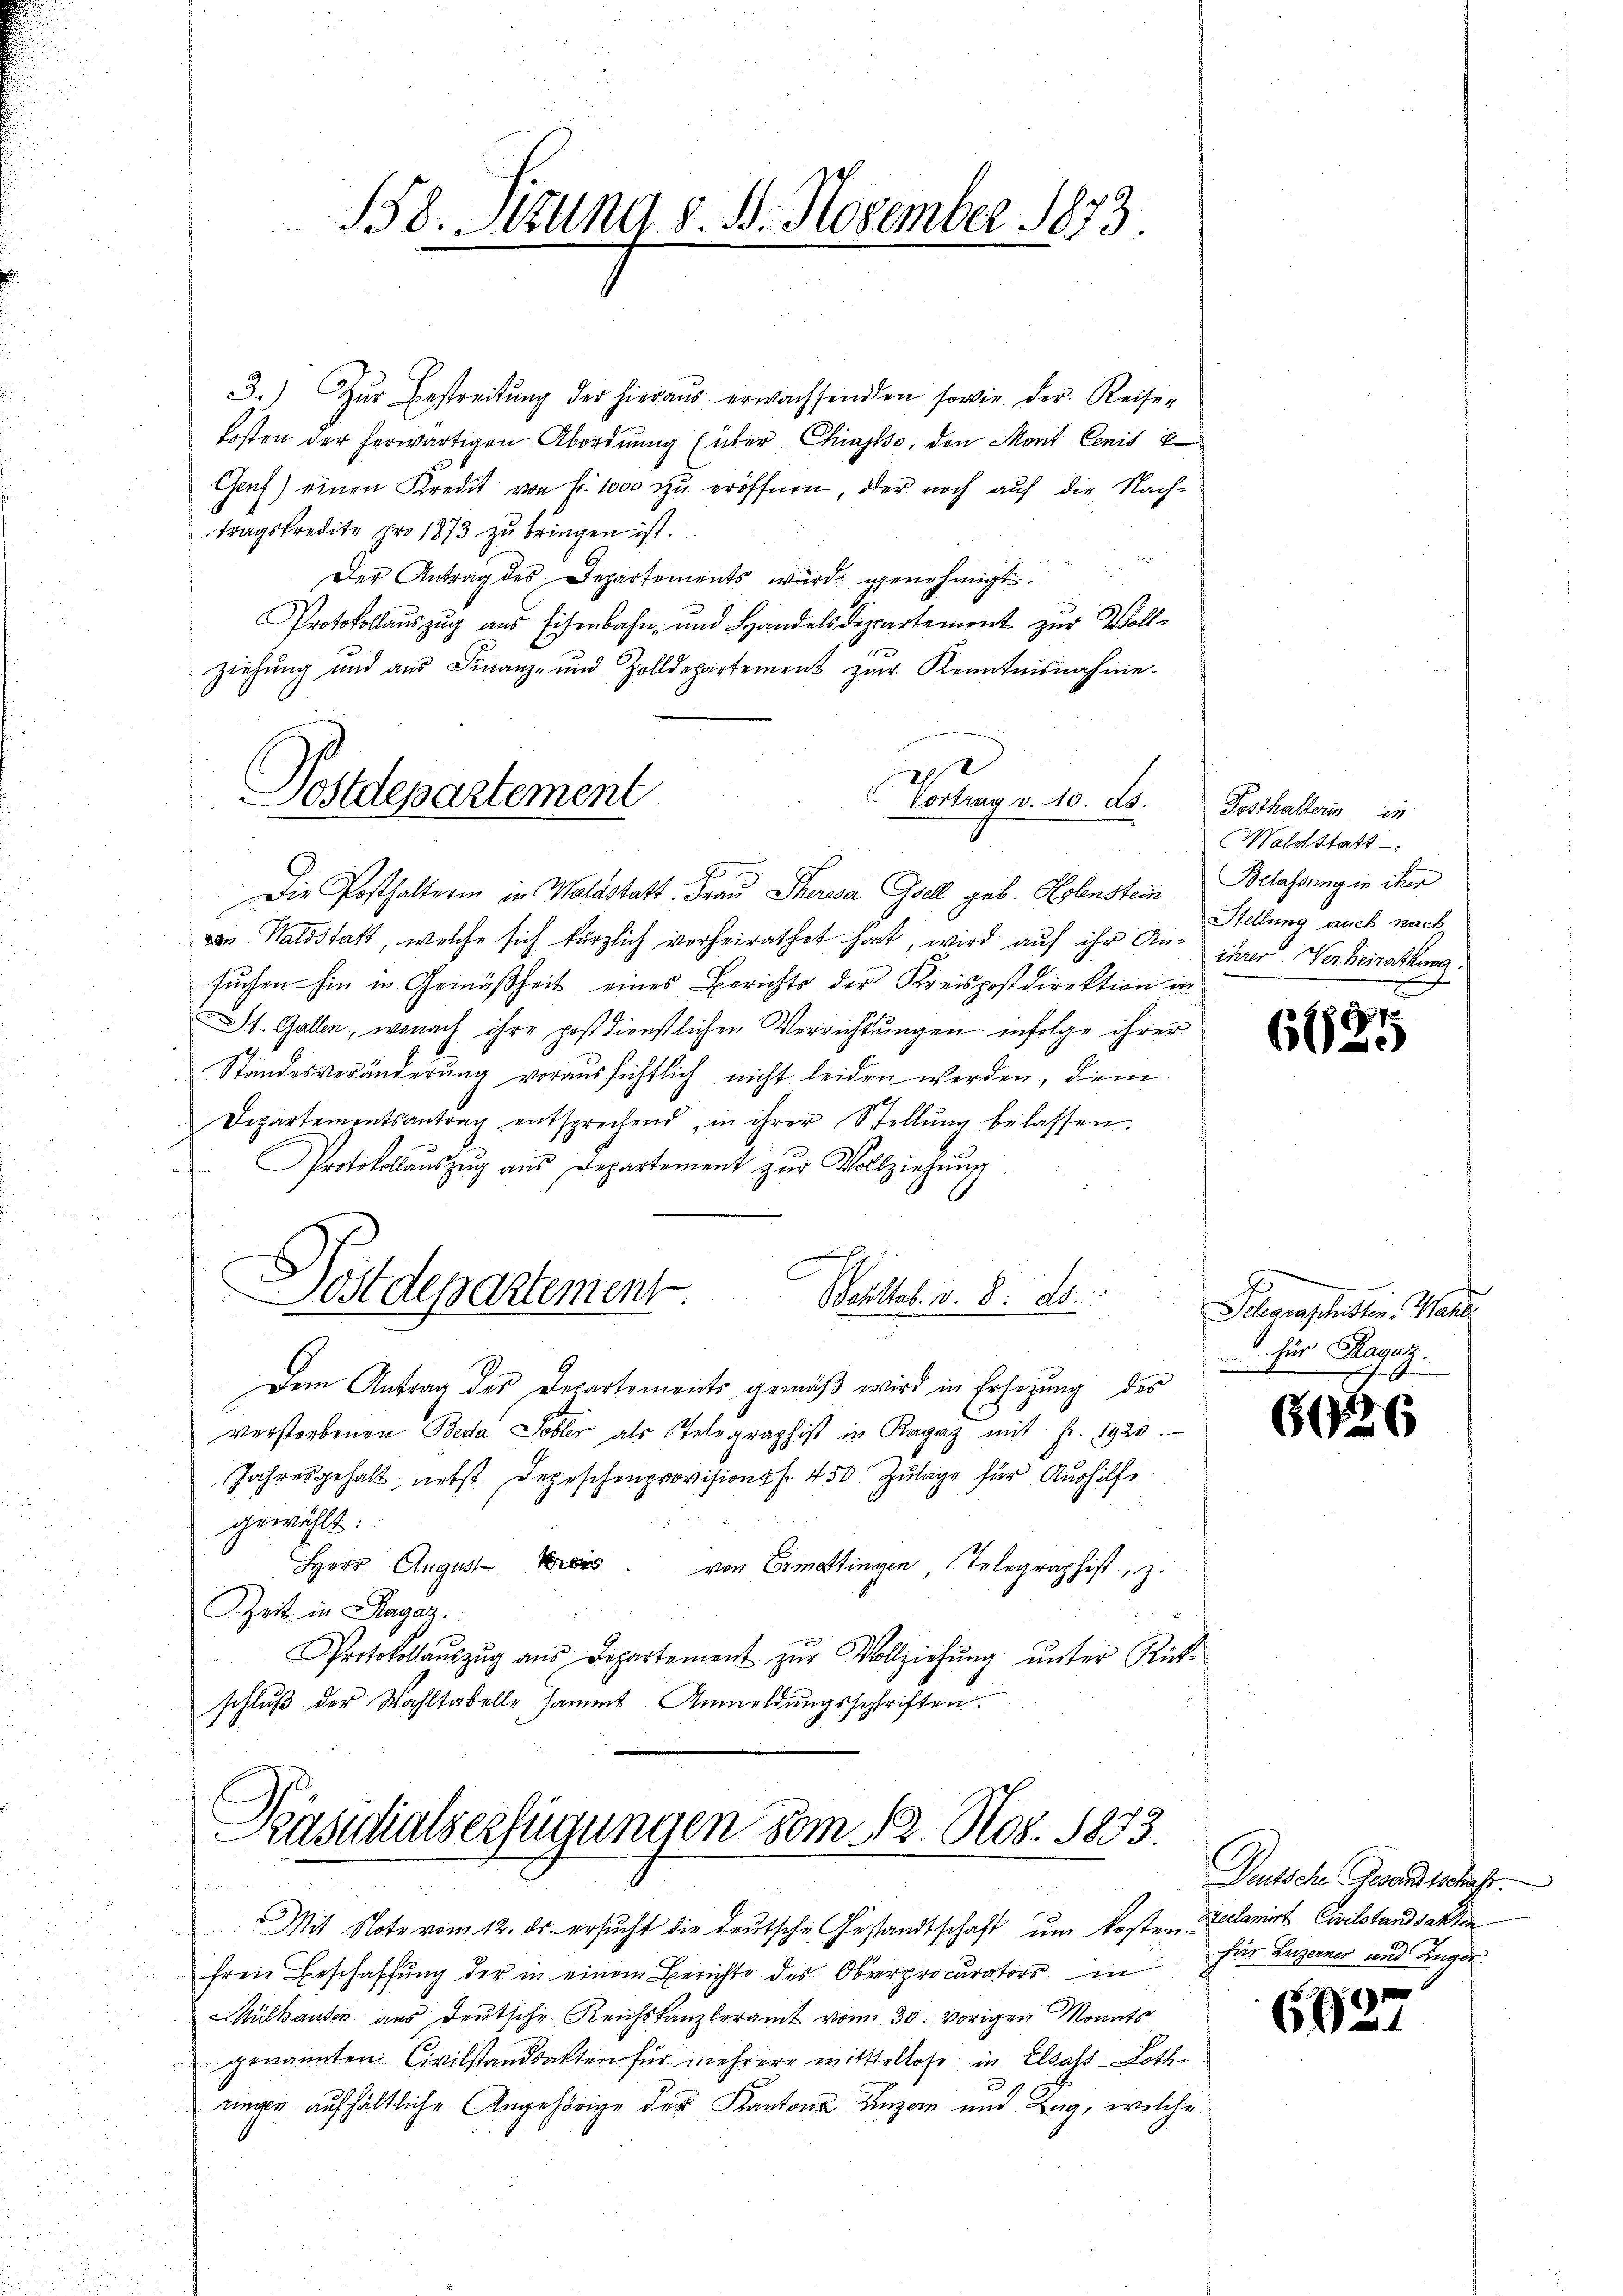
3.) Zŭr Bestreitŭng der hieraŭs erwachsenden sowie der Reise-
kosten der herwärtigen Abordnung über Chiasso, den Mont Cenis Er
Genf) einen Kredit von Fr. 1000 zu eröffnen, oder noch auf die Nach-
tragskredite pro 1873 zu bringen ist.
Der Antrag des Departements wird genehmigt.
Protokollauszug aus Eisenbahn- und Handelsdepartement zur Vollziehŭng und aŭs Finanz- und Zolldepartement zŭr Kenntnisnahme.
Vortrag v. 10. ds.
6
Die Posthalterin in Waldstatt. Frau Theresa Gsell geb. Helenstein Belassung in ihrer
n Waldstatt, welche sich kürzlich verheirathet hat, wird auf ihr An- iner Nerheirathung
suchen hin in Gemäßheit eines Berichts der Kreispostdirektion in
St. Gallen, wonach ihre postdienstlichen Verrichtungen infolge ihrer
Standesveränderung voraussichtlich nicht leiden werden, dem
Departementsantrag entsprechend, in ihrer Stellŭng belassen.
Protokollauszug aus Departement zur Vollziehung.
Postdepartement Butter. v. 8. ds.
Dem Antrag des Departements gemäß wird in Ersezung des
verstorbenen Beda Tobler als Stelegraphist in Ragaz mit Fr. 1920.
Jahresgehalt nebst Depeschenprovisionsfr. 450 Zulage für Aushilfe
gewählt:
Herr August es von Ermattingen, Telegraphist, z.
ZZeit in Magaz

Protokollaŭszŭg aŭs Departement zur Vollziehŭng ŭnter Rück-
schluß der Wahltabelle sammt Anmeldungsschriften

158. Sizung d. 1. November 1873.

Postdepartement

Präsidialserfügungen vom 12. Nov. 1873.
u
Mit Note vom 12. ds. ersucht die deutsche Gestandtschaft um kosten Talarirt, Civilstandsakten

freie Beschaffung der in einem Berichte des Oberprocurators in für Luzerner und Angel
Mülhausen aus deutsche Reichskanzleramt vom 30. vorigen Monats
genannten Civilstandsakten für mehrere mittellose in Elsass-Lothe
ungen aufhältliche Angehörige des Kantons Einzern und Zug, welche

Posthalterin in
Waldstatt
Stellung auch nach

.
612.

Gelegrascheidten. Wahl
 für Magaz.

61

Deutsche Gewandtschaft.

602.

2

s